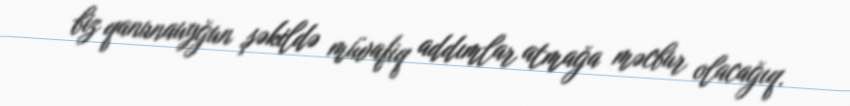
biz qanunauyğun şəkildə müvafiq addımlar atmağa məcbur olacağıq.